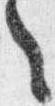
之